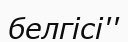
белгісі''